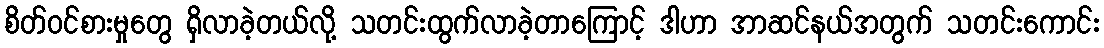
စိတ်ဝင်စားမှုတွေ ရှိလာခဲ့တယ်လို့ သတင်းထွက်လာခဲ့တာကြောင့် ဒါဟာ အာဆင်နယ်အတွက် သတင်းကောင်း